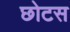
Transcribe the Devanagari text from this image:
छोटस